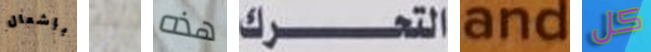
بإشعال نحن هذه التحرك and كل